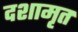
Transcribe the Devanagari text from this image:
दशामृत